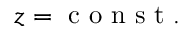
z = \mathrm { ~ c ~ o ~ n ~ s ~ t ~ . ~ }